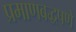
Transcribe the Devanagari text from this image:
प्रमाणबद्धपणे